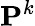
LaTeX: \mathbf{P}^{k}